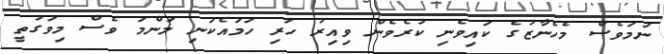
ނަމަވެސް މެހެނާޒުގެ ކައިވެނި ކުރެވެން ވިއިރު ހުރި ހަމައެކަނި މަންމަ ވެސް މިވަގުތީ